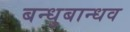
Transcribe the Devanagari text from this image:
बन्धुबान्धव